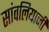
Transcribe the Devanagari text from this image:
सांवलियाजी